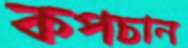
কপচান